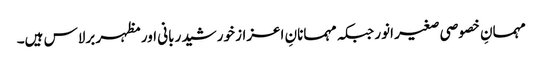
مہمانِ خصوصی صغیر انور جبکہ مہمانانِ اعزاز خورشید ربانی اور مظہر برلاس ہیں۔